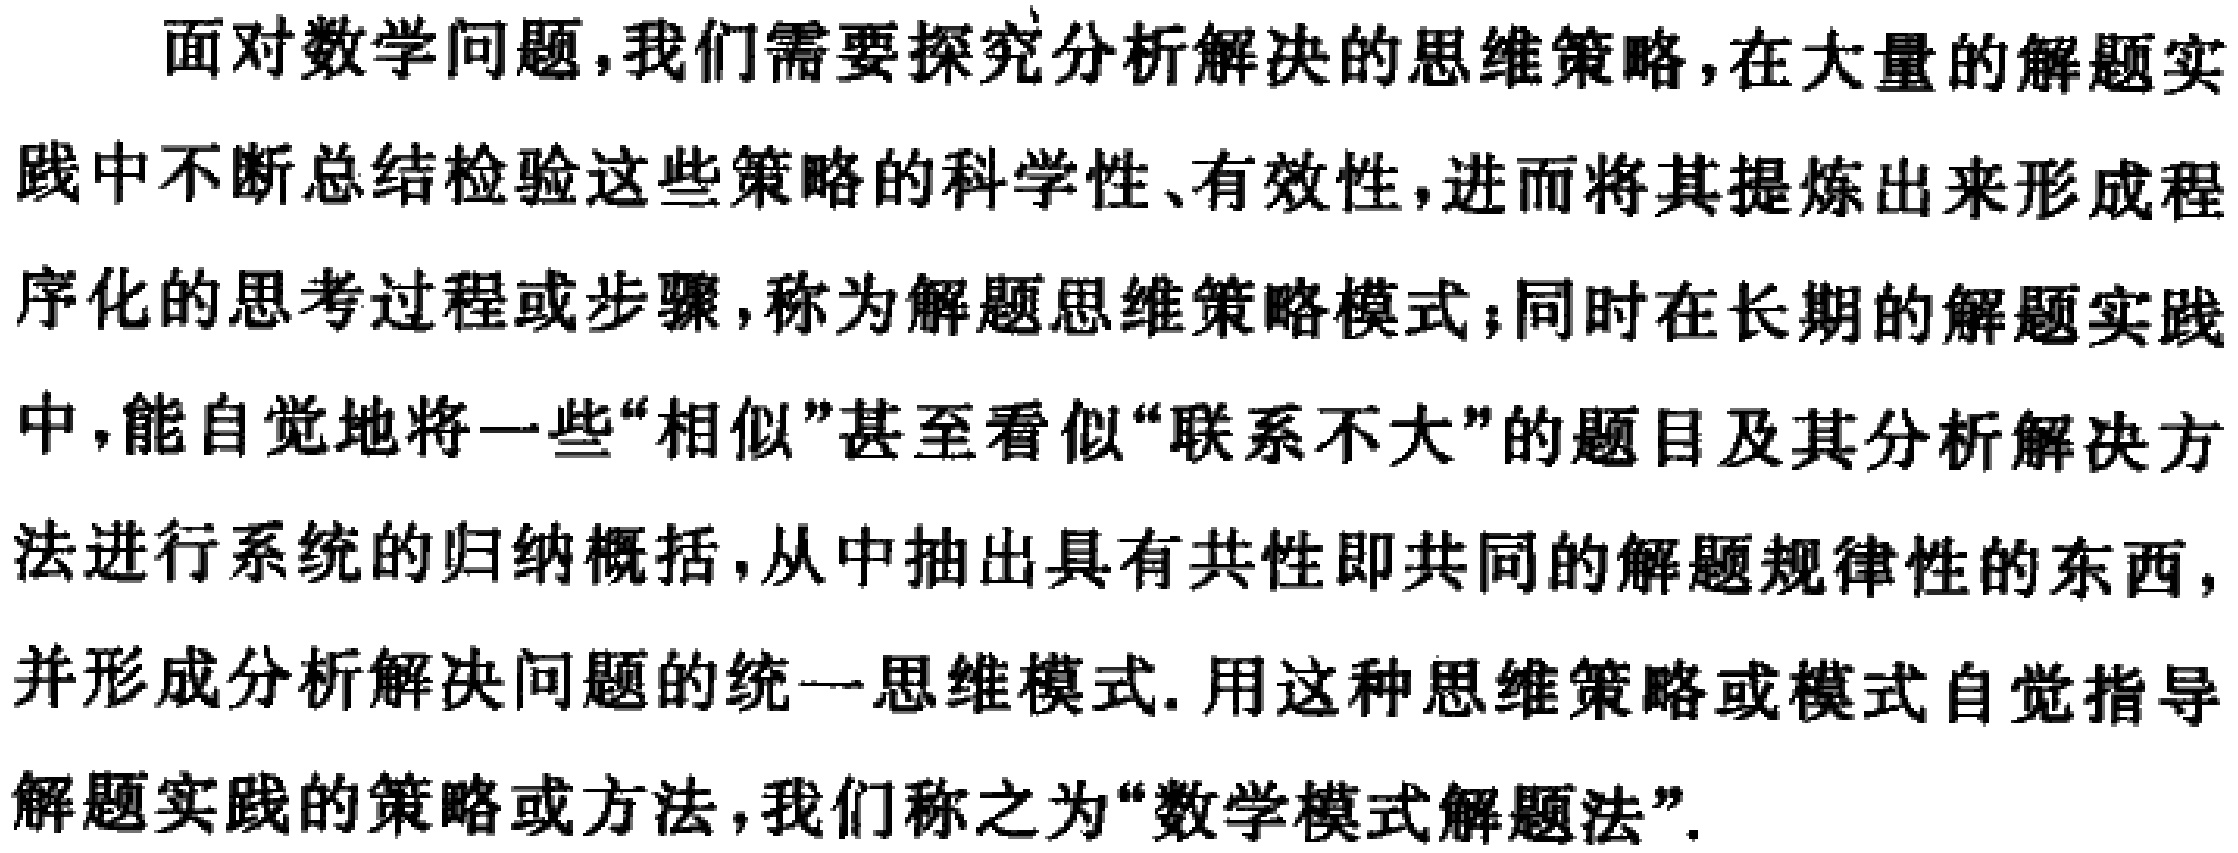
面对数学问题,我们需要探究分析解决的思维策略,在大量的解题实践中不断总结检验这些策略的科学性、有效性,进而将其提炼出来形成程序化的思考过程或步骤,称为解题思维策略模式；同时在长期的解题实践中,能自觉地将一些“相似”甚至看似“联系不大”的题目及其分析解决方法进行系统的归纳概括,从中抽出具有共性即共同的解题规律性的东西,并形成分析解决问题的统一思维模式. 用这种思维策略或模式自觉指导解题实践的策略或方法,我们称之为“数学模式解题法”.